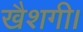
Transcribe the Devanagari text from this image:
खैशगी।